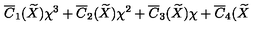
\overline { { C } } _ { 1 } ( \widetilde { X } ) \chi ^ { 3 } + \overline { { C } } _ { 2 } ( \widetilde { X } ) \chi ^ { 2 } + \overline { { C } } _ { 3 } ( \widetilde { X } ) \chi + \overline { { C } } _ { 4 } ( \widetilde { X }